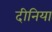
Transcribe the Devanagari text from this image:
दीनिया